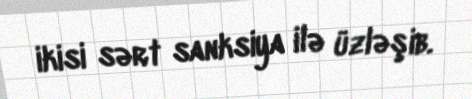
ikisi sərt sanksiya ilə üzləşib.